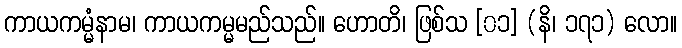
ကာယကမ္မံနာမ၊ ကာယကမ္မမည်သည်။ ဟောတိ၊ ဖြစ်သ [၀၁] (နိ၊ ၁၇၁) လော။